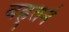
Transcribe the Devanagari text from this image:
बह्र्तने